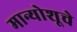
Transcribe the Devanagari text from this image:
मान्योशूचे